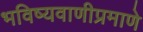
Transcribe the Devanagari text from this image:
भविष्यवाणीप्रमाणे